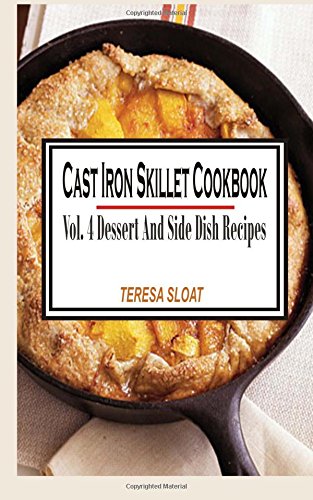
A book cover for Cast Iron Skillet Cookbook: Vol.4 Dessert And Side Dish Recipes; Teresa Sloat; Cookbooks, Food & Wine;